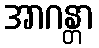
အာဂန္တာ